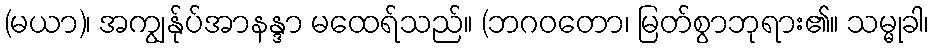
(မယာ)၊ အကျွန်ုပ်အာနန္ဒာ မထေရ်သည်။ (ဘဂဝတော၊ မြတ်စွာဘုရား၏။ သမ္မုခါ၊